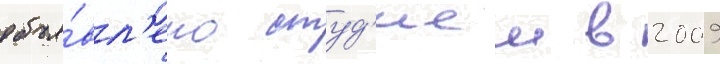
объя́вл'ено студ'иеи в 2009